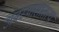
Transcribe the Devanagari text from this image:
अवस्थासातत्य